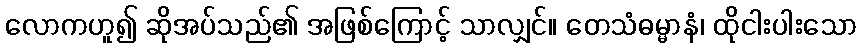
လောကဟူ၍ ဆိုအပ်သည်၏ အဖြစ်ကြောင့် သာလျှင်။ တေသံဓမ္မာနံ၊ ထိုငါးပါးသော